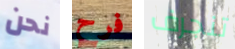
نحن فرح تنجرف